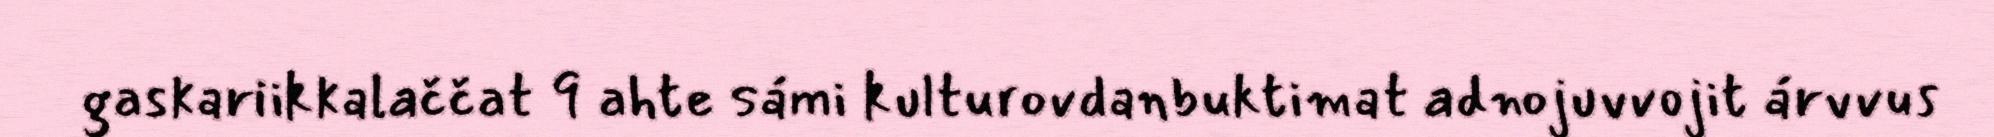
gaskariikkalaččat 9 ahte sámi kulturovdanbuktimat adnojuvvojit árvvus